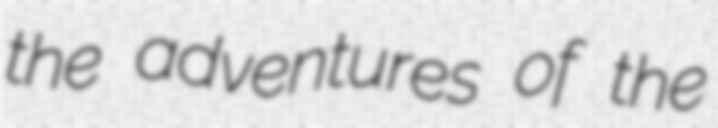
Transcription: the adventures of the